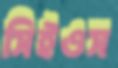
সিইওস